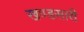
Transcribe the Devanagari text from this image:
खण्डसारी